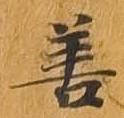
善